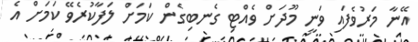
އޭނާ މަރުވެފައި ވަނީ މޫދަށް ވެއްޓި ގެނބިގެން ކަމަށް ލަފާކުރެވޭ ކަމަށް އެ